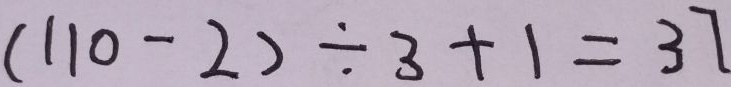
( 1 1 0 - 2 ) \div 3 + 1 = 3 7